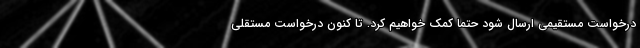
درخواست مستقیمی ارسال شود حتما کمک خواهیم کرد. تا کنون درخواست مستقلی